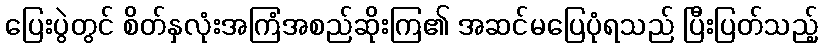
ပြေးပွဲတွင် စိတ်နှလုံးအကြံအစည်ဆိုးကြ၏ အဆင်မပြေပုံရသည် ပြီးပြတ်သည့်